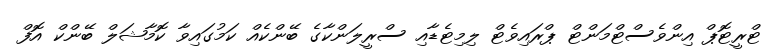
ޓްރީޓޮޕް އިންވެސްޓްމަންޓް ޕްރައިވެޓް ލިމިޓެޑާއި ސްރީލަންކާގެ ބޭންކެއް ކަމުގައިވާ ކޮމާޝަލް ބޭންކް އޮފް